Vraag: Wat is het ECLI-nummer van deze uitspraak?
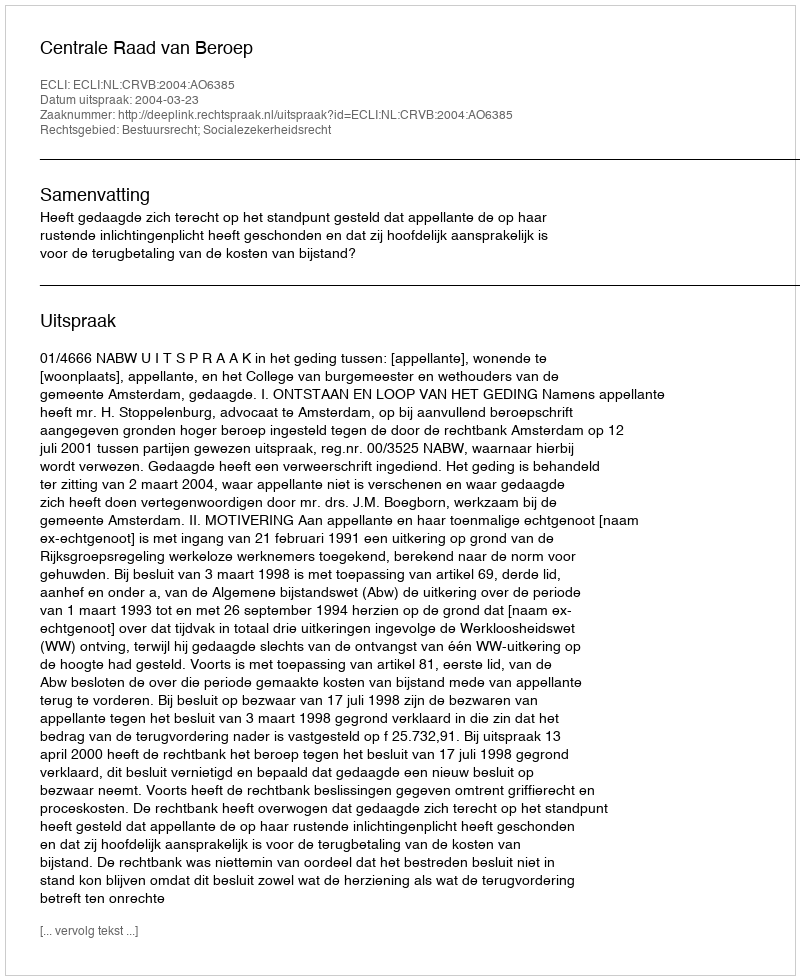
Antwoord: ECLI:NL:CRVB:2004:AO6385